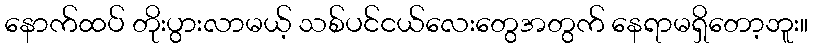
နောက်ထပ် တိုးပွားလာမယ့် သစ်ပင်ငယ်လေးတွေအတွက် နေရာမရှိတော့ဘူး။